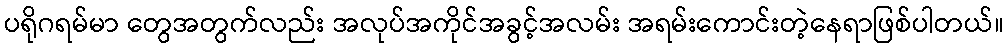
ပရိုဂရမ်မာ တွေအတွက်လည်း အလုပ်အကိုင်အခွင့်အလမ်း အရမ်းကောင်းတဲ့နေရာဖြစ်ပါတယ်။